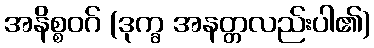
အနိစ္စဝဂ် (ဒုက္ခ အနတ္တလည်းပါ၏)